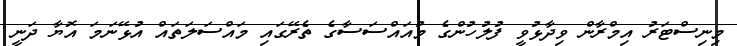
މިނިސްޓަރު އިމްރާން ވިދާޅުވީ ފުލުހުންގެ މުއައްސަސާގެ ތެރޭގައި މައްސަލަތައް އުޅޭނަމަ އޮޔާ ދަނީ